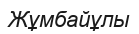
Жұмбайұлы